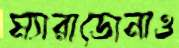
ম্যারাডোনাও